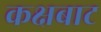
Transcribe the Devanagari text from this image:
कक्षबाट